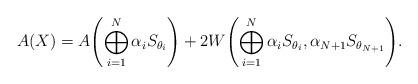
LaTeX: \begin{align*}A(X) &=A\Biggl(\bigoplus_{i=1}^{N}\alpha_i S_{\theta_i}\Biggr) +2W\Biggl(\bigoplus_{i=1}^{N} \alpha_i S_{\theta_i},\alpha_{N+1}S_{\theta_{N+1}}\Biggr).\end{align*}